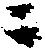
ニ